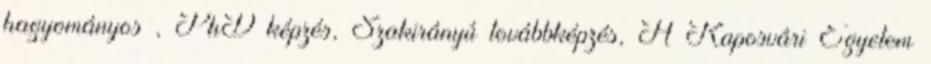
hagyományos , PhD képzés, Szakirányú továbbképzés, A Kaposvári Egyetem